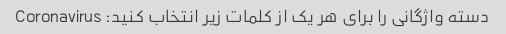
دسته واژگانی را برای هر یک از کلمات زیر انتخاب کنید: Coronavirus